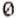
0